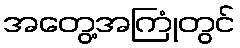
အတွေ့အကြုံတွင်